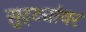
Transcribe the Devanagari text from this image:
सुट्ट्यांवर